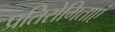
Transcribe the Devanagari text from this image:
प्रतिरोगिताएं